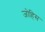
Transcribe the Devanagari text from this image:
जोहिस